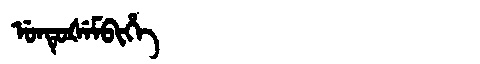
Manchu: ᡠᠨᡨᡠᡧᡝᠮᠪᡳᡥᡝ
Romanization: UNTUŠEMBIHE